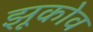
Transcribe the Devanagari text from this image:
झूकोव